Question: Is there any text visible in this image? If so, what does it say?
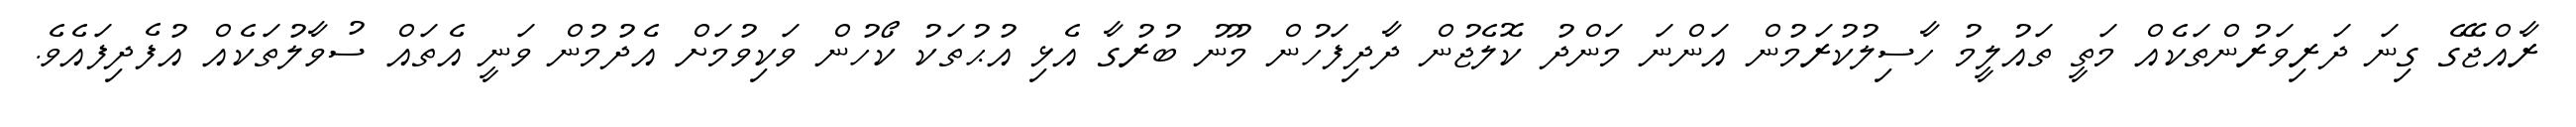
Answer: ރާއްޖޭގެ ގިނަ ދަރިވަރުންތަކެއް މަތީ ތައުލީމު ހާސިލުކުރަމުން އަންނަ މަންދު ކޮލެޖުން ދާދިފަހުން މޫނު ބުރުގާ އެޅި އުޙުތަކު ކޯހުން ވަކިވުމަށް އެދުމުން ވަނީ އެތައް ސުވާލުތަކެއް އުފެދިފައެވެ.